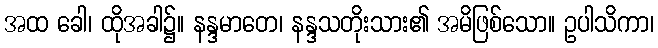
အထ ခေါ၊ ထိုအခါ၌။ နန္ဒမာတေ၊ နန္ဒသတိုးသား၏ အမိဖြစ်သော။ ဥပါသိကာ၊